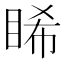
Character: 睎